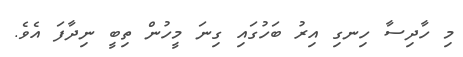
މި ހާދިސާ ހިނގި އިރު ބަހުގައި ގިނަ މީހުން ތިބީ ނިދާފަ އެވެ.